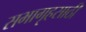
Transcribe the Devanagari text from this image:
सभागृहसाठी